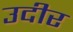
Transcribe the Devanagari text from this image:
उदीर